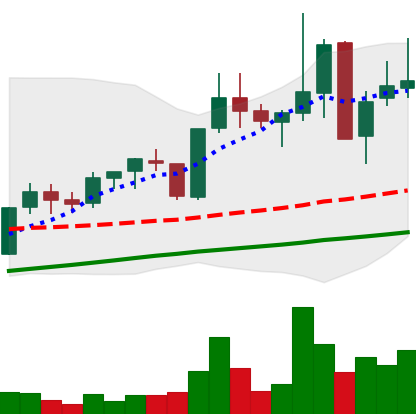
Ticker: XLM-USD
Chart end date: 2021-05-15
Forward return: -26.418%
Label: down_7plus